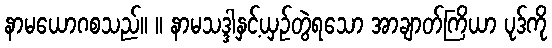
နာမယောဂစသည်။ ။ နာမသဒ္ဒါနှင့်ယှဉ်တွဲရသော အာချာတ်ကြိယာ ပုဒ်ကို